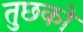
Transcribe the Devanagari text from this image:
तुछको